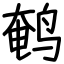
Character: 鹌